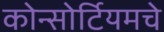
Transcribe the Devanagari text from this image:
कोन्सोर्टियमचे